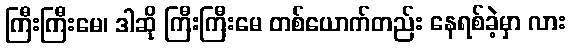
ကြီးကြီးမေ၊ ဒါဆို ကြီးကြီးမေ တစ်ယောက်တည်း နေရစ်ခဲ့မှာ လား